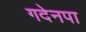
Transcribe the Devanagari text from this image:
गदेनपा